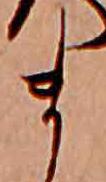
ま